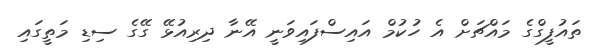
ތައުފީގްގެ މައްޗަށް އެ ހުކުމް އައިސްފައިވަނީ އޭނާ ދިރިއުޅޭ ގޭގެ ސިޑި މަތީގައި